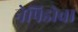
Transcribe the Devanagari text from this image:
नेपिडोचा